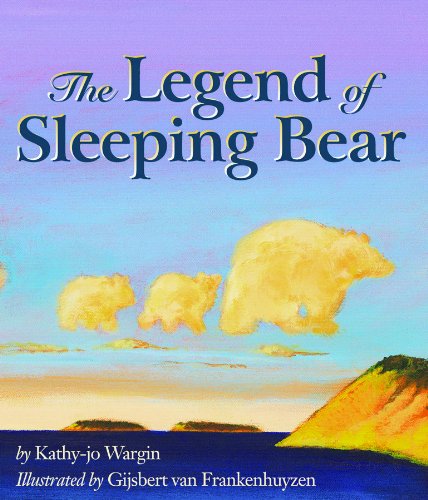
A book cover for The Legend of Sleeping Bear; Kathy-Jo Wargin; Children's Books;